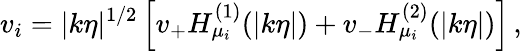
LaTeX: v_{i}=|k\eta|^{1/2}\left[v_{+}H_{\mu_{i}}^{(1)}(|k\eta|)+v_{-}H_{\mu_{i}}^{(2)}(|k\eta|)\right]\, ,